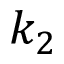
k _ { 2 }